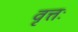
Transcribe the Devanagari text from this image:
वृत्तः